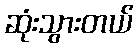
ဆုံးသွားတယ်